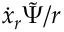
\dot { x } _ { r } \tilde { \Psi } / r